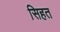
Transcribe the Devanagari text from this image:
सिहत